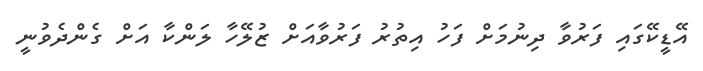
އޭޑީކޭގައި ފަރުވާ ދިނުމަށް ފަހު އިތުރު ފަރުވާއަށް ޒުލޭހާ ލަންކާ އަށް ގެންދެވުނީ